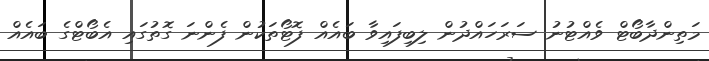
މަތިންދާބޯޓް ވެއްޓުނު ސަރަހައްދުން ލިބިފައިވާ ބައެއް ފޮޓޯތަކުން ފެންނަ ގޮތުގައި އެބޯޓްގެ ބައެއް